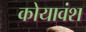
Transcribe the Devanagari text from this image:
कोयावंश